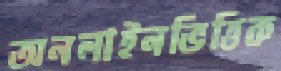
অনলাইনভিত্তিক